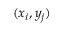
( x _ { i } , y _ { j } )